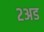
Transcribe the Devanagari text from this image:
२अड